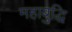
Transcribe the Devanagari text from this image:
महाबुद्धि